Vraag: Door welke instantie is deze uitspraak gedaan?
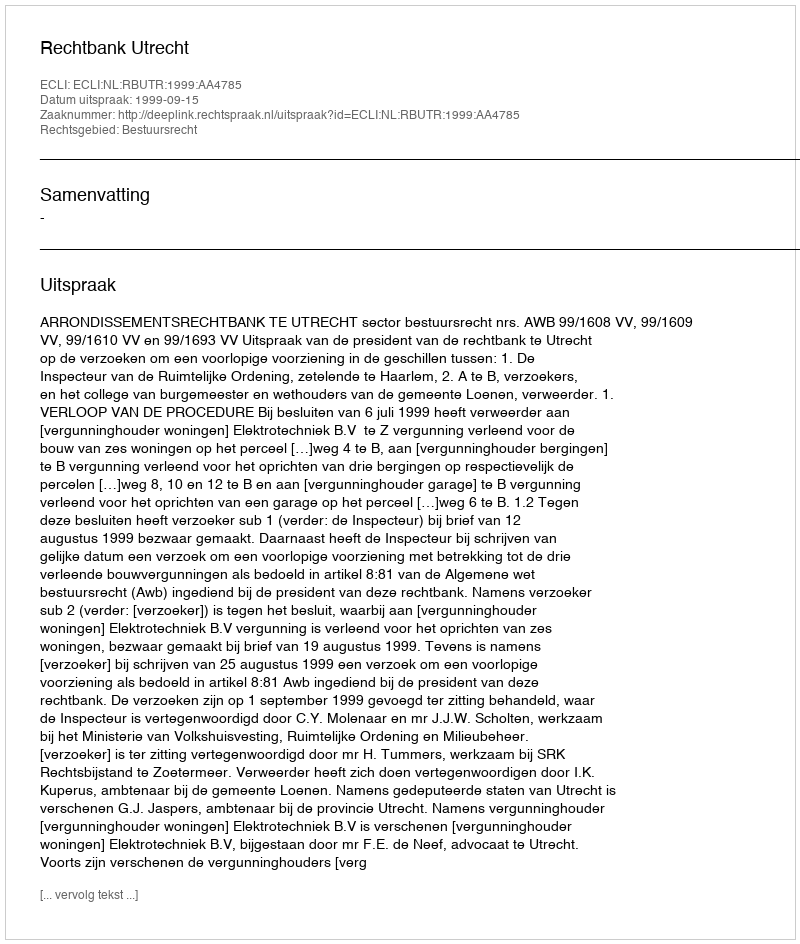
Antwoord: Rechtbank Utrecht